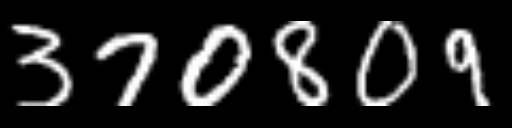
Text: 370809